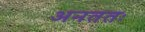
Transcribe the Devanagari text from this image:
अनततः